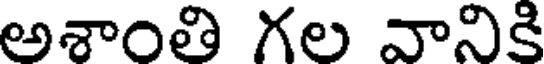
అశాంతి గల వానికి